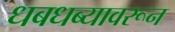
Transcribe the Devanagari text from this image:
धबधब्यावरून